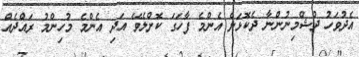
އެދުވަހު ދުޝްމިނުންނާ ދެކޮޅަށް އެންމެ ފާހަގަ ކޮށްލެވޭ އަދި އެންމެ މުހިންމު ރައްދެއް